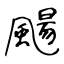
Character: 颺